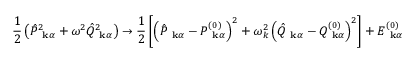
\frac { 1 } { 2 } \left( \hat { P } _ { \mathrm { \bf ~ k } \alpha } ^ { 2 } + \omega ^ { 2 } \hat { Q } _ { \mathrm { \bf ~ k } \alpha } ^ { 2 } \right) \to \frac { 1 } { 2 } \left[ \left( \hat { P } _ { \mathrm { \bf ~ k } \alpha } - P _ { \mathrm { \bf ~ k } \alpha } ^ { ( 0 ) } \right) ^ { 2 } + \omega _ { k } ^ { 2 } \left( \hat { Q } _ { \mathrm { \bf ~ k } \alpha } - Q _ { \mathrm { \bf ~ k } \alpha } ^ { ( 0 ) } \right) ^ { 2 } \right] + E _ { \mathrm { \bf ~ k } \alpha } ^ { ( 0 ) }